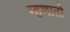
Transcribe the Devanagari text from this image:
म्हणातो